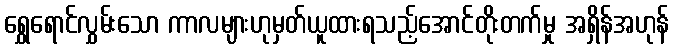
ရွှေရောင်လွှမ်းသော ကာလများဟုမှတ်ယူထားရသည့်အောင်တိုးတက်မှု အရှိန်အဟုန်